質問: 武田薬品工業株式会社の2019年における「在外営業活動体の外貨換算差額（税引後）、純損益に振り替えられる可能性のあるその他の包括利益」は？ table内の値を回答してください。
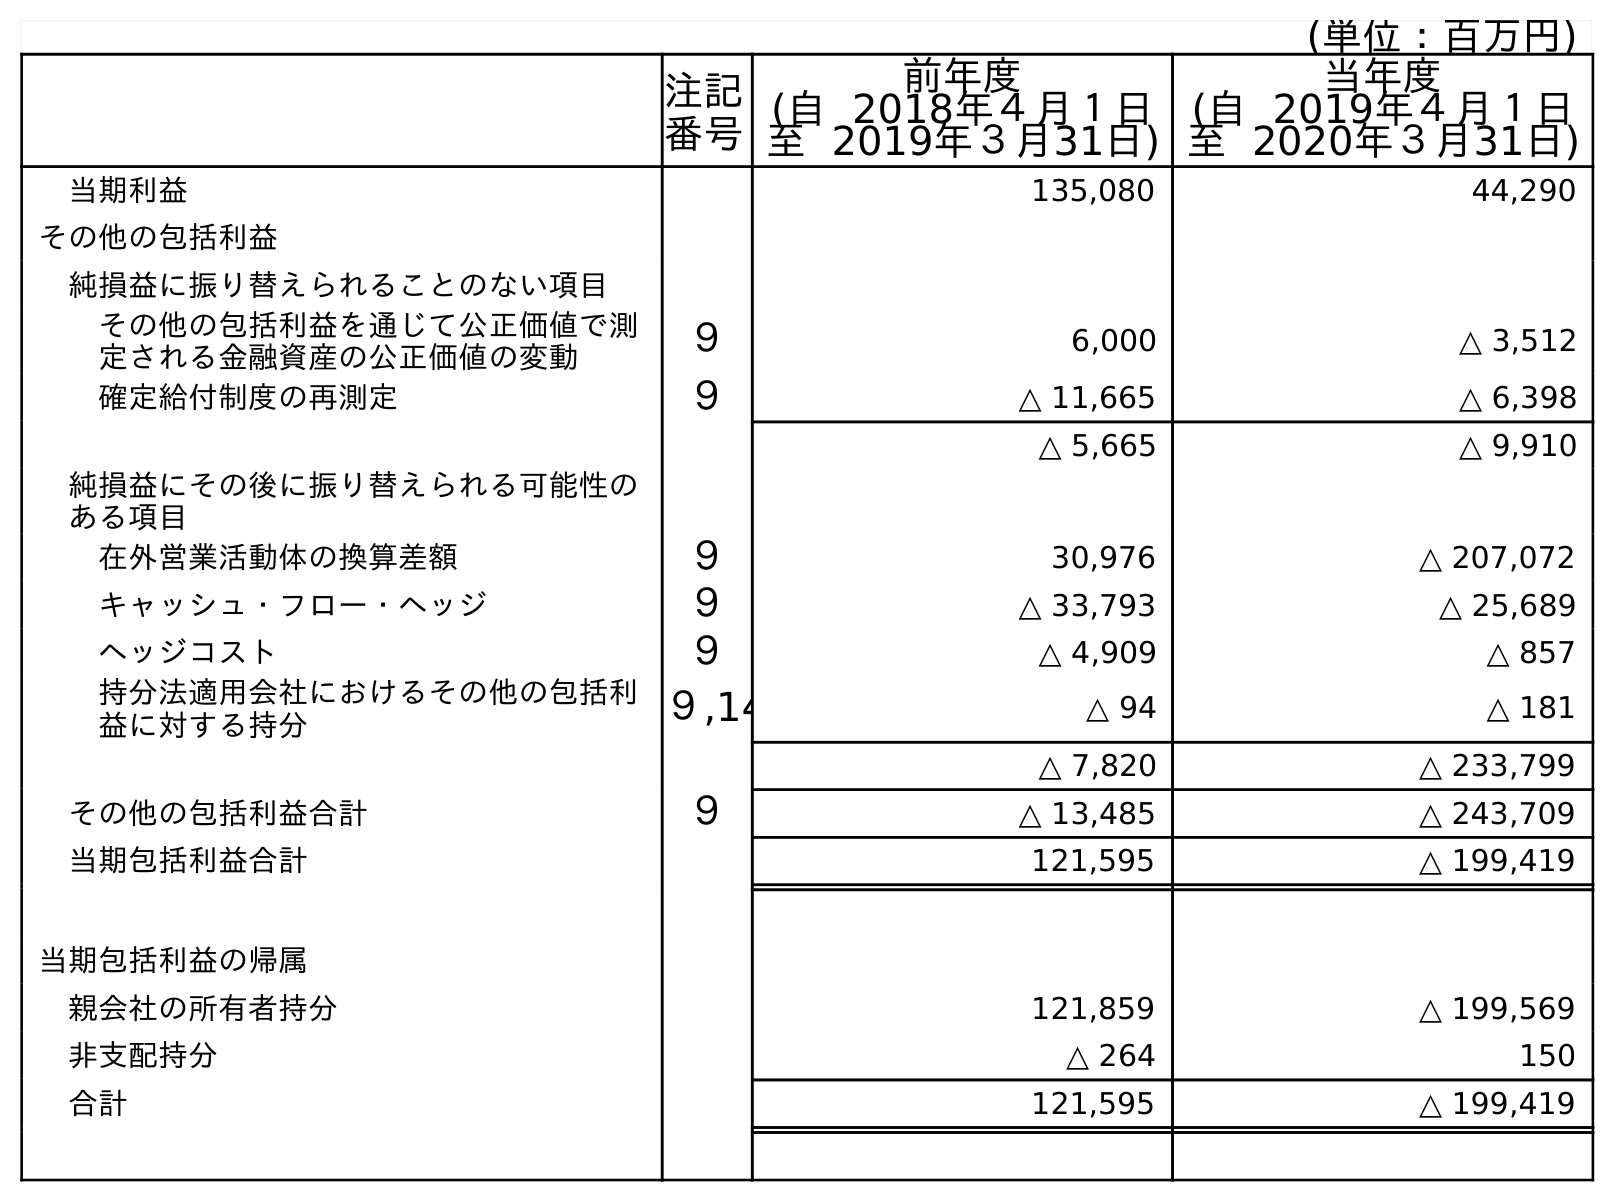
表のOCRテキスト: (単位：百万円) 注記 番号 前年度 (自 2018年４月１日 至 2019年３月31日) 当年度 (自 2019年４月１日 至 2020年３月31日) 当期利益 135,080 44,290 その他の包括利益 純損益に振り替えられることのない項目 その他の包括利益を通じて公正価値で測 定される金融資産の公正価値の変動 ９ 6,000 △ 3,512 確定給付制度の再測定 ９ △ 11,665 △ 6,398 △ 5,665 △ 9,910 純損益にその後に振り替えられる可能性の ある項目 在外営業活動体の換算差額 ９ 30,976 △ 207,072 キャッシュ・フロー・ヘッジ ９ △ 33,793 △ 25,689 ヘッジコスト ９ △ 4,909 △ 857 持分法適用会社におけるその他の包括利 益に対する持分 ９,14 △ 94 △ 181 △ 7,820 △ 233,799 その他の包括利益合計 ９ △ 13,485 △ 243,709 当期包括利益合計 121,595 △ 199,419 当期包括利益の帰属 親会社の所有者持分 121,859 △ 199,569 非支配持分 △ 264 150 合計 121,595 △ 199,419
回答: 30,976